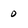
Character: 0